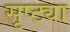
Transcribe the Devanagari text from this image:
सृष्ट्या